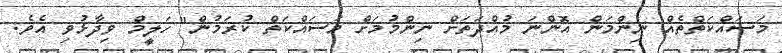
މަސައްކަތްތެއް ނިންމަން އޮންނަ މުއްދަތަށް ނިންމުމަށް މަސައްކަތް ކުރަމުން" ހަލީމް ވިދާޅުވި އެވެ.